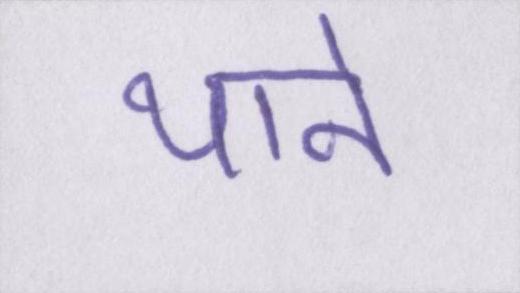
याने